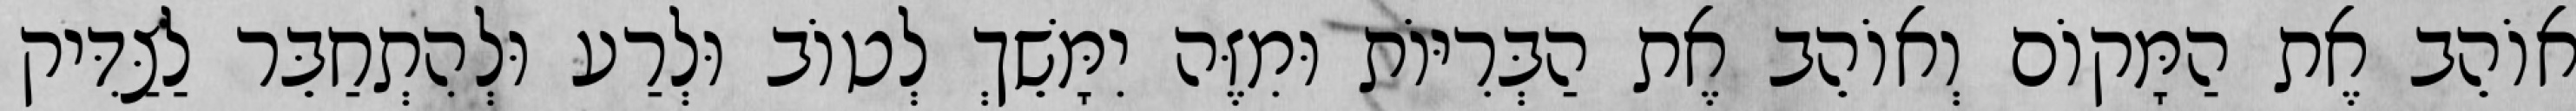
אוֹהֵב אֶת הַמָּקוֹם וְאוֹהֵב אֶת הַבְּרִיּוֹת וּמִזֶּה יִמָּשֵׁךְ לְטוֹב וּלְרַע וּלְהִתְחַבֵּר לַצַּדִּיק